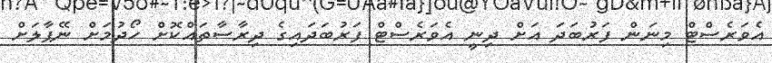
އެވަރެސްޓް މިނަން ފަރުބަދަ އަށް ދިނީ އެވަރެސްޓް ފަރުބަދައިގެ ދިރާސާތައްކޮށް ހޯދުމަށް ނޭޕާލަށް